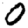
Digit: 0